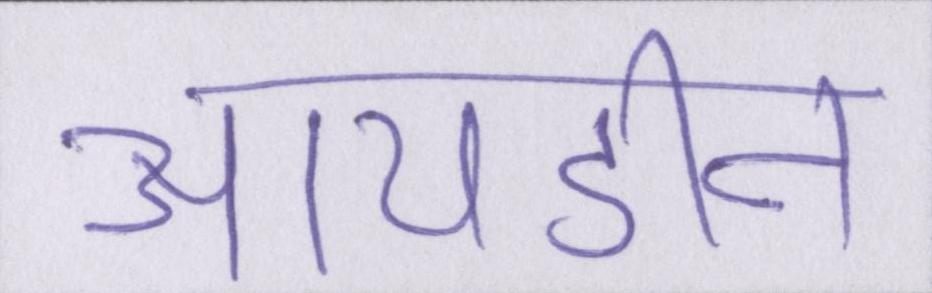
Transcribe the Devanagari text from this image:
आयडीन